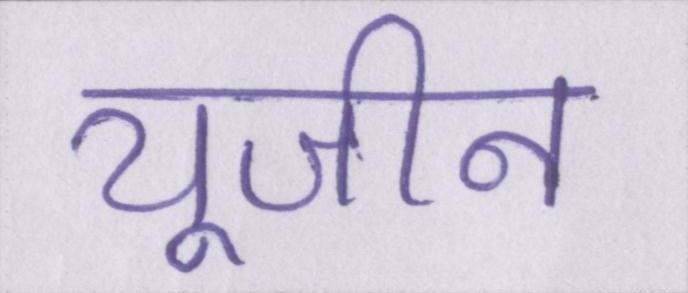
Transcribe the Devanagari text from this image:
यूजीन